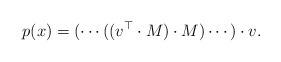
\begin{align*} p(x) = (\cdots((v_{}^\top\cdot M)\cdot M)\cdots)\cdot v_{}. \end{align*}